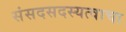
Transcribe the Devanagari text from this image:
संसदसदस्यत्वाचा